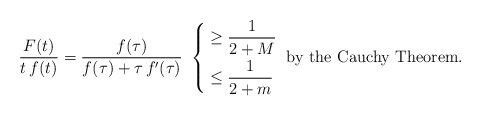
\begin{align*}\frac{F(t)}{t\,f(t)}=\frac{f(\tau)}{f(\tau)+\tau\,f'(\tau)}\ \left\lbrace\begin{aligned}& \geq\frac{1}{2+M} \\& \leq\frac{1}{2+m}\end{aligned}\right.\hbox{ by the Cauchy Theorem.}\end{align*}